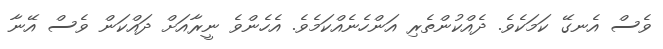
ވެސް އެނގޭ ކަމަކެވެ. ދެއްކުންތެރި އަންހެނެއްކަމެވެ. އެހެންވެ ނީރާއަށް ދައްކަން ވެސް އޭނާ